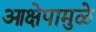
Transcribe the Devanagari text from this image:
आक्षेपामुळे